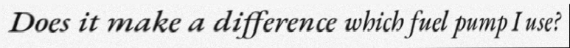
Does it make a difference which fuel pump I use?